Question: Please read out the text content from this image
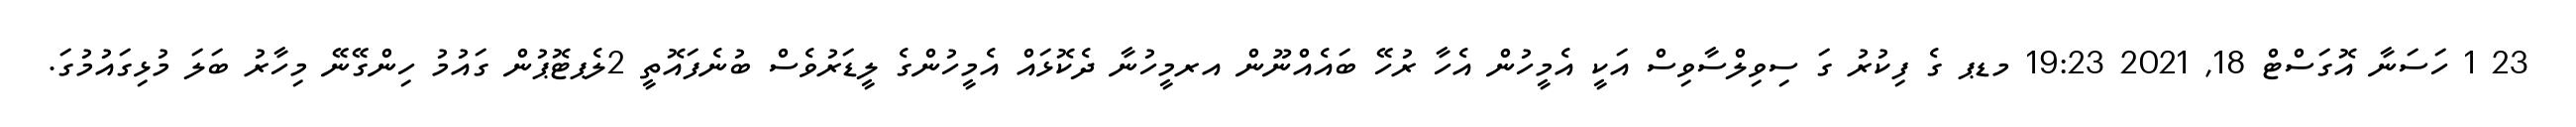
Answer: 23 1 ހަސަނާ އޮގަސްޓް 18, 2021 19:23 މޑޕ ގެ ފިކުރު ގަ ސިވިލްސާވިސް އަކީ އެމީހުން އެހާ ރުހޭ ބައެއްނޫން އރމީހުނާ ދެކޮޅައް އެމީހުންގެ ލީޑަރުވެސް ބުނެފައޮތީ 2ލެޕޓޮޕުން ގައުމު ހިންގޭނޭ މިހާރު ބަލަ މުޅިގައުމުގަ.